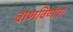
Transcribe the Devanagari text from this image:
बाणविणारा